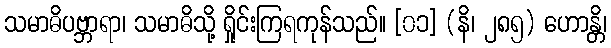
သမာဓိပဗ္ဘာရာ၊ သမာဓိသို့ ရှိုင်းကြရကုန်သည်။ [၀၁] (နိ၊ ၂၈၅) ဟောန္တိ၊